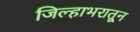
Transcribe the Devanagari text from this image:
जिल्हाभरातून